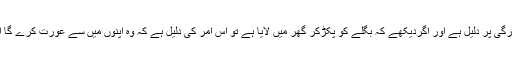
اور بگلے کا خواب میں دیکھنا بز رگی پر دلیل ہے اور اگردیکھے کہ بگلے کو پکڑکر گھر میں لایا ہے تو اس امر کی دلیل ہے کہ وہ اپنوں میں سے عورت کرے گا اورمال اور منفعت حاصل کرے گا